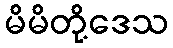
မိမိတို့ဒေသ